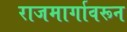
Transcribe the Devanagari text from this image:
राजमार्गावरून